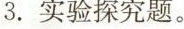
3.实验探究题。